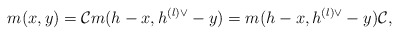
\begin{align*}m(x,y)={\cal C}m(h-x,h^{(l)\vee}-y)= m(h-x,h^{(l)\vee}-y){\cal C},\end{align*}